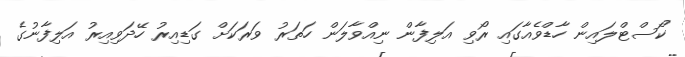
ކޯސްޓްލައިން ހާޑްވެއާގައި ރޯވި އަލިފާން ނިއްވާލަން ހަތަރު ވަރަކަށް ގަޑިއިރު ހޭދަވިއިރު އަލިފާނުގެ